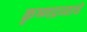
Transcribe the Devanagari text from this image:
कृष्णद्रव्याचे